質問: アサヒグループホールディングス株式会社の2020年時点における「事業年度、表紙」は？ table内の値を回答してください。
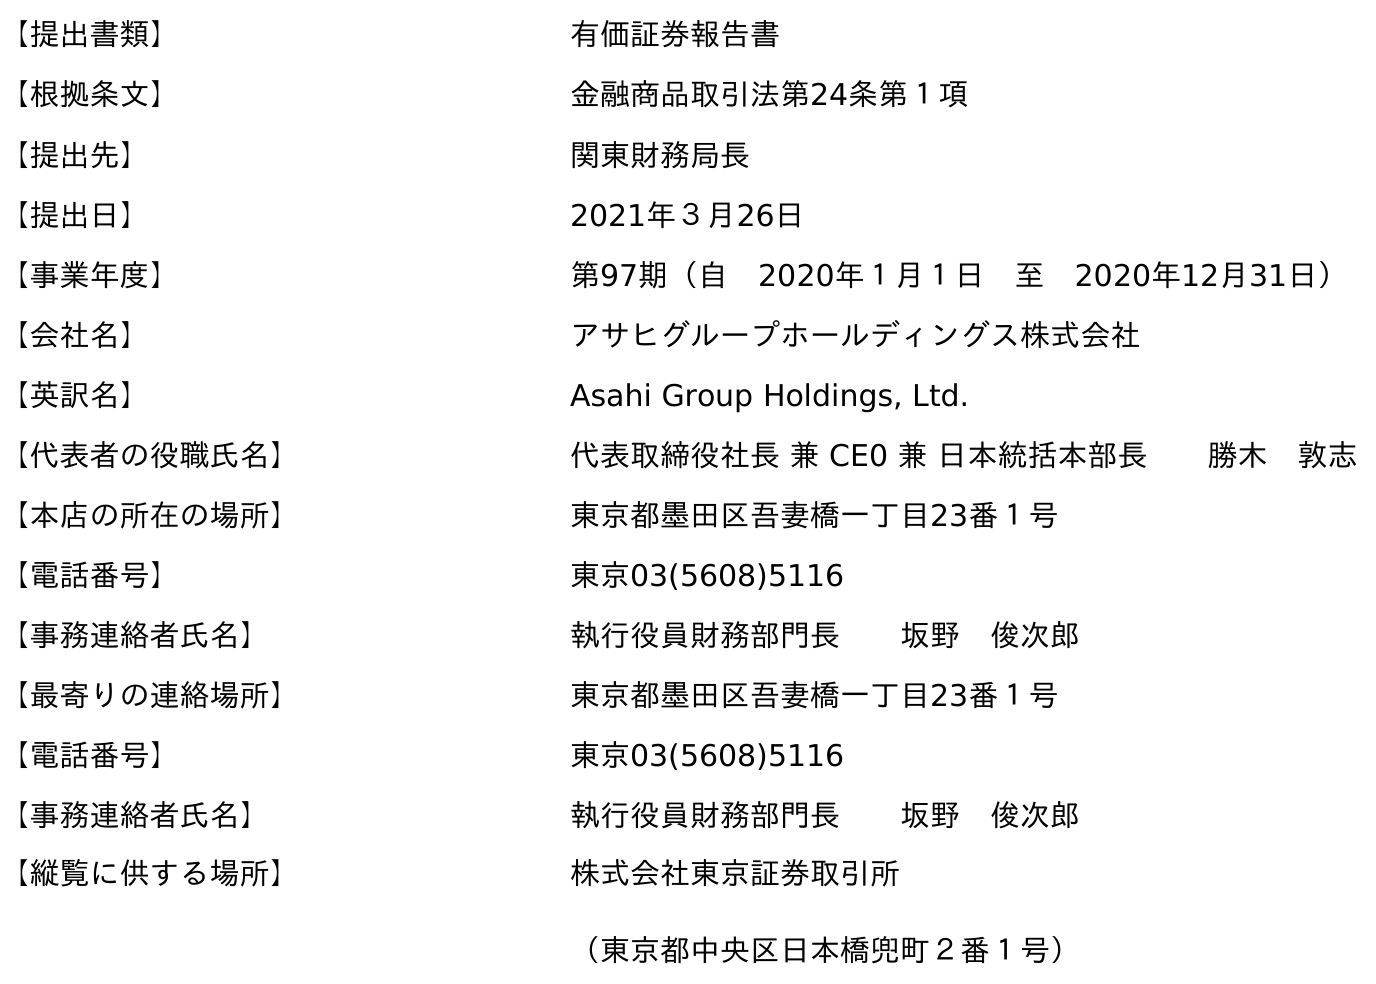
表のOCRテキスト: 【提出書類】 有価証券報告書 【根拠条文】 金融商品取引法第24条第１項 【提出先】 関東財務局長 【提出日】 2021年３月26日 【事業年度】 第97期（自 2020年１月１日 至 2020年12月31日） 【会社名】 アサヒグループホールディングス株式会社 【英訳名】 Asahi Group Holdings, Ltd. 【代表者の役職氏名】 代表取締役社長 兼 CE0 兼 日本統括本部長  勝木 敦志 【本店の所在の場所】 東京都墨田区吾妻橋一丁目23番１号 【電話番号】 東京03(5608)5116 【事務連絡者氏名】 執行役員財務部門長  坂野 俊次郎 【最寄りの連絡場所】 東京都墨田区吾妻橋一丁目23番１号 【電話番号】 東京03(5608)5116 【事務連絡者氏名】 執行役員財務部門長  坂野 俊次郎 【縦覧に供する場所】 株式会社東京証券取引所 （東京都中央区日本橋兜町２番１号）
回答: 第97期（自　2020年１月１日　至　2020年12月31日）